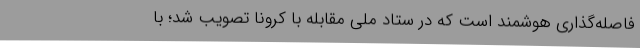
فاصله‌گذاری هوشمند است که در ستاد ملی مقابله با کرونا تصویب شد؛ با